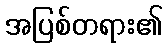
အပြစ်တရား၏